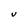
Character: V